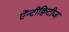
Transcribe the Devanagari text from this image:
ऐंन्टीक्विटीज